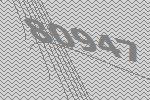
80947